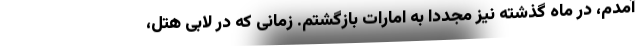
آمدم، در ماه گذشته نیز مجددا به امارات بازگشتم. زمانی که در لابی هتل،